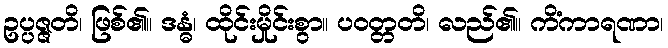
ဥပ္ပဇ္ဇတိ၊ ဖြစ်၏။ ဒန္ဓံ၊ ထိုင်းမှိုင်းစွာ။ ပဝတ္တတိ၊ လည်၏။ ကိံကာရဏာ၊